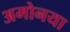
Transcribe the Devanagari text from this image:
अमोनया